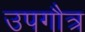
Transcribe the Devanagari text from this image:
उपगौत्र